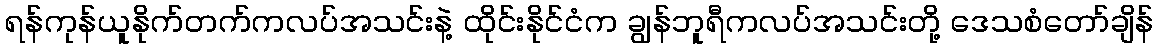
ရန်ကုန်ယူနိုက်တက်ကလပ်အသင်းနဲ့ ထိုင်းနိုင်ငံက ချွန်ဘူရီကလပ်အသင်းတို့ ဒေသစံတော်ချိန်